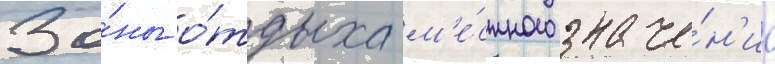
Зо́ны о́тдыха м'е́стного значе́н'иа